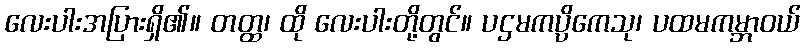
လေးပါးအပြားရှိ၏။ တတ္ထ၊ ထို လေးပါးတို့တွင်။ ပဌမကပ္ပိကေသု၊ ပထမကမ္ဘာဝယ်